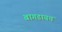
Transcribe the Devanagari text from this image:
बागडायचं